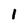
Character: 1